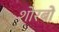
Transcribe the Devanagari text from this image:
शोरबों